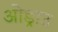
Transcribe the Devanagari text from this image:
ओड्राउ